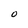
Character: O